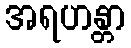
အရဟန္တာ